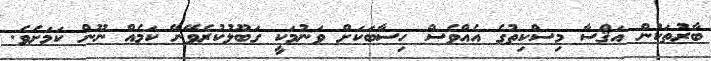
ބާރުތަކުން އަޤްސާ މިސްކިތުގެ އެއްވެސް ހިސާބަކަށް ވަނުމަކީ ގަބޫލުކުރެވޭނޭ ކަމެއް ނޫން ކަމަށެވެ.